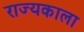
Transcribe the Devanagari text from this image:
राज्यकाला